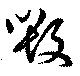
毀